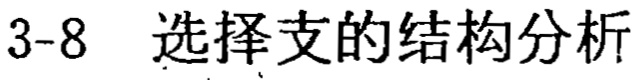
3-8 选择支的结构分析